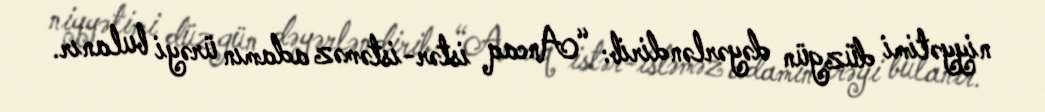
niyyətimi düzgün dəyərləndirib: “Ancaq istər-istəməz adamın ürəyi bulanır.